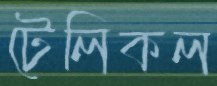
টেলিকল